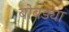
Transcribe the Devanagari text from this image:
बोबड्या